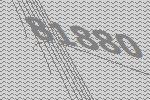
81880